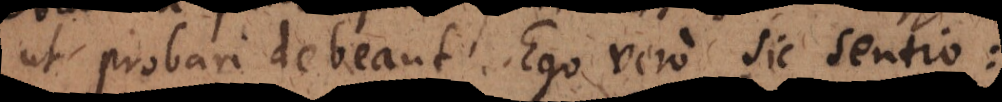
ut probari debeant. Ego vero sic sentio: